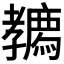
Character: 𡦳